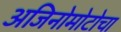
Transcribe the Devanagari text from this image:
अजिनोमोटोचा